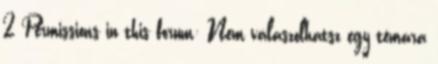
2 Permissions in this forum: Nem válaszolhatsz egy témára